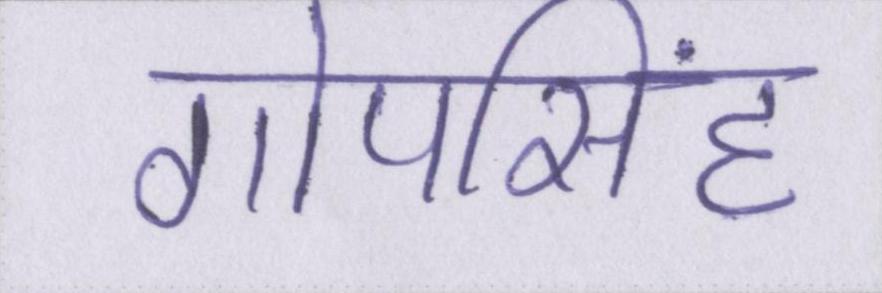
गोपसिंह